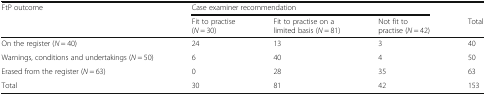
| <ROWSPAN=2> FtP outcome | <COLSPAN=3> Case examiner recommendation |  |
 | Fit to practise(N = 30) | Fit to practise on a limited basis (N = 81) | Not fit to practise (N = 42) | Total |
 | --- | --- | --- | --- | --- |
 | On the register (N = 40) | 24 | 13 | 3 | 40 |
 | Warnings, conditions and undertakings (N = 50) | 6 | 40 | 4 | 50 |
 | Erased from the register (N = 63) | 0 | 28 | 35 | 63 |
 | Total | 30 | 81 | 42 | 153 |